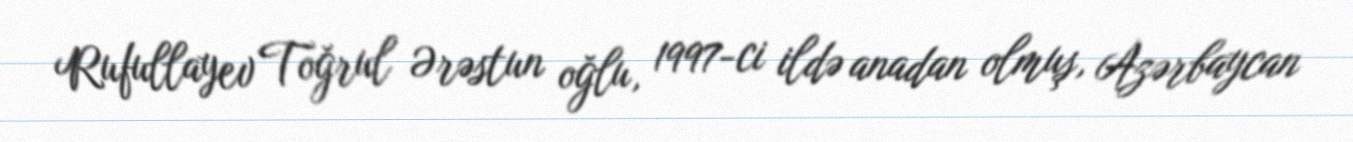
Rufullayev Toğrul Ərəstun oğlu, 1997-ci ildə anadan olmuş, Azərbaycan